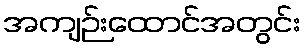
အကျဉ်းထောင်အတွင်း